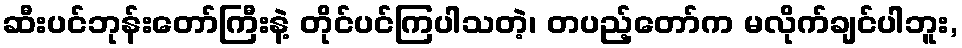
ဆီးပင်ဘုန်းတော်ကြီးနဲ့ တိုင်ပင်ကြပါသတဲ့၊ တပည့်တော်က မလိုက်ချင်ပါဘူး,